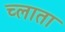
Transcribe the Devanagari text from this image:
च्लाता